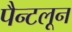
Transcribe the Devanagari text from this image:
पैन्टलून